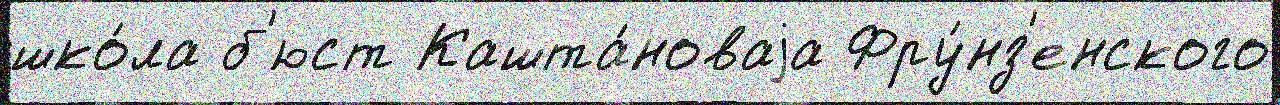
шко́ла б'юст Кашта́новаjа Фру́нз'енского